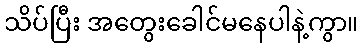
သိပ်ပြီး အတွေးခေါင်မနေပါနဲ့ကွာ။